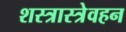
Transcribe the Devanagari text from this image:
शस्त्रास्त्रेवहन